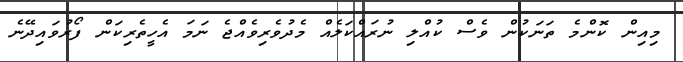
މިއިން ކޮންމެ ތަނަކުން ވެސް ކުއްލި ނުރައްކަލެއް މެދުވެރިވެއްޖެ ނަމަ އެހީތެރިކަން ފޯރުވައިދޭނެ